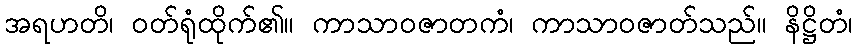
အရဟတိ၊ ဝတ်ရုံထိုက်၏။ ကာသာဝဇာတကံ၊ ကာသာဝဇာတ်သည်။ နိဋ္ဌိတံ၊